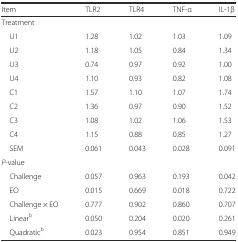
<table><thead><tr><td><b>Item</b></td><td><b>TLR2</b></td><td><b>TLR4</b></td><td><b>TNF-α</b></td><td><b>IL-1β</b></td></tr></thead><tbody><tr><td>Treatment</td><td></td><td></td><td></td><td></td></tr><tr><td> U1</td><td>1.28</td><td>1.02</td><td>1.03</td><td>1.09</td></tr><tr><td> U2</td><td>1.18</td><td>1.05</td><td>0.84</td><td>1.34</td></tr><tr><td> U3</td><td>0.74</td><td>0.97</td><td>0.92</td><td>1.00</td></tr><tr><td> U4</td><td>1.10</td><td>0.93</td><td>0.82</td><td>1.08</td></tr><tr><td> C1</td><td>1.57</td><td>1.10</td><td>1.07</td><td>1.74</td></tr><tr><td> C2</td><td>1.36</td><td>0.97</td><td>0.90</td><td>1.52</td></tr><tr><td> C3</td><td>1.08</td><td>1.02</td><td>1.06</td><td>1.53</td></tr><tr><td> C4</td><td>1.15</td><td>0.88</td><td>0.85</td><td>1.27</td></tr><tr><td> SEM</td><td>0.061</td><td>0.043</td><td>0.028</td><td>0.091</td></tr><tr><td><i>P</i>-value</td><td></td><td></td><td></td><td></td></tr><tr><td> Challenge</td><td>0.057</td><td>0.963</td><td>0.193</td><td>0.042</td></tr><tr><td> EO</td><td>0.015</td><td>0.669</td><td>0.018</td><td>0.722</td></tr><tr><td> Challenge × EO</td><td>0.777</td><td>0.902</td><td>0.860</td><td>0.707</td></tr><tr><td> Linear<sup>b</sup></td><td>0.050</td><td>0.204</td><td>0.020</td><td>0.261</td></tr><tr><td> Quadratic<sup>b</sup></td><td>0.023</td><td>0.954</td><td>0.851</td><td>0.949</td></tr></tbody></table>